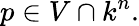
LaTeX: p\in V\cap k^{n}.